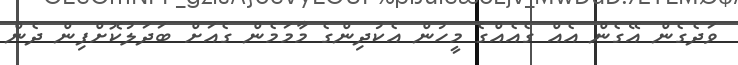
ވަދެގެން އޭގެން އެއް ގެއެއްގެ މީހުން އެކުދިންގެ މާމަމެން ގެއަށް ބަދަލުކޮށްފިން ދެން